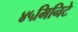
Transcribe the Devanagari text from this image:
४५मिनिटे